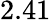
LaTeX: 2.41